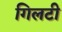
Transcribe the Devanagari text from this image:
गिलटी